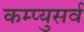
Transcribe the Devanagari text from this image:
कम्प्युसर्व